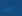
أحد